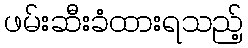
ဖမ်းဆီးခံထားရသည့်